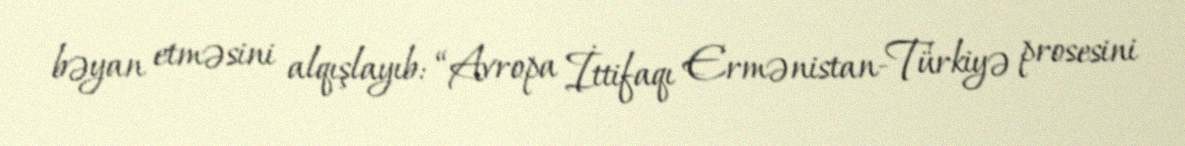
bəyan etməsini alqışlayıb: “Avropa İttifaqı Ermənistan-Türkiyə prosesini